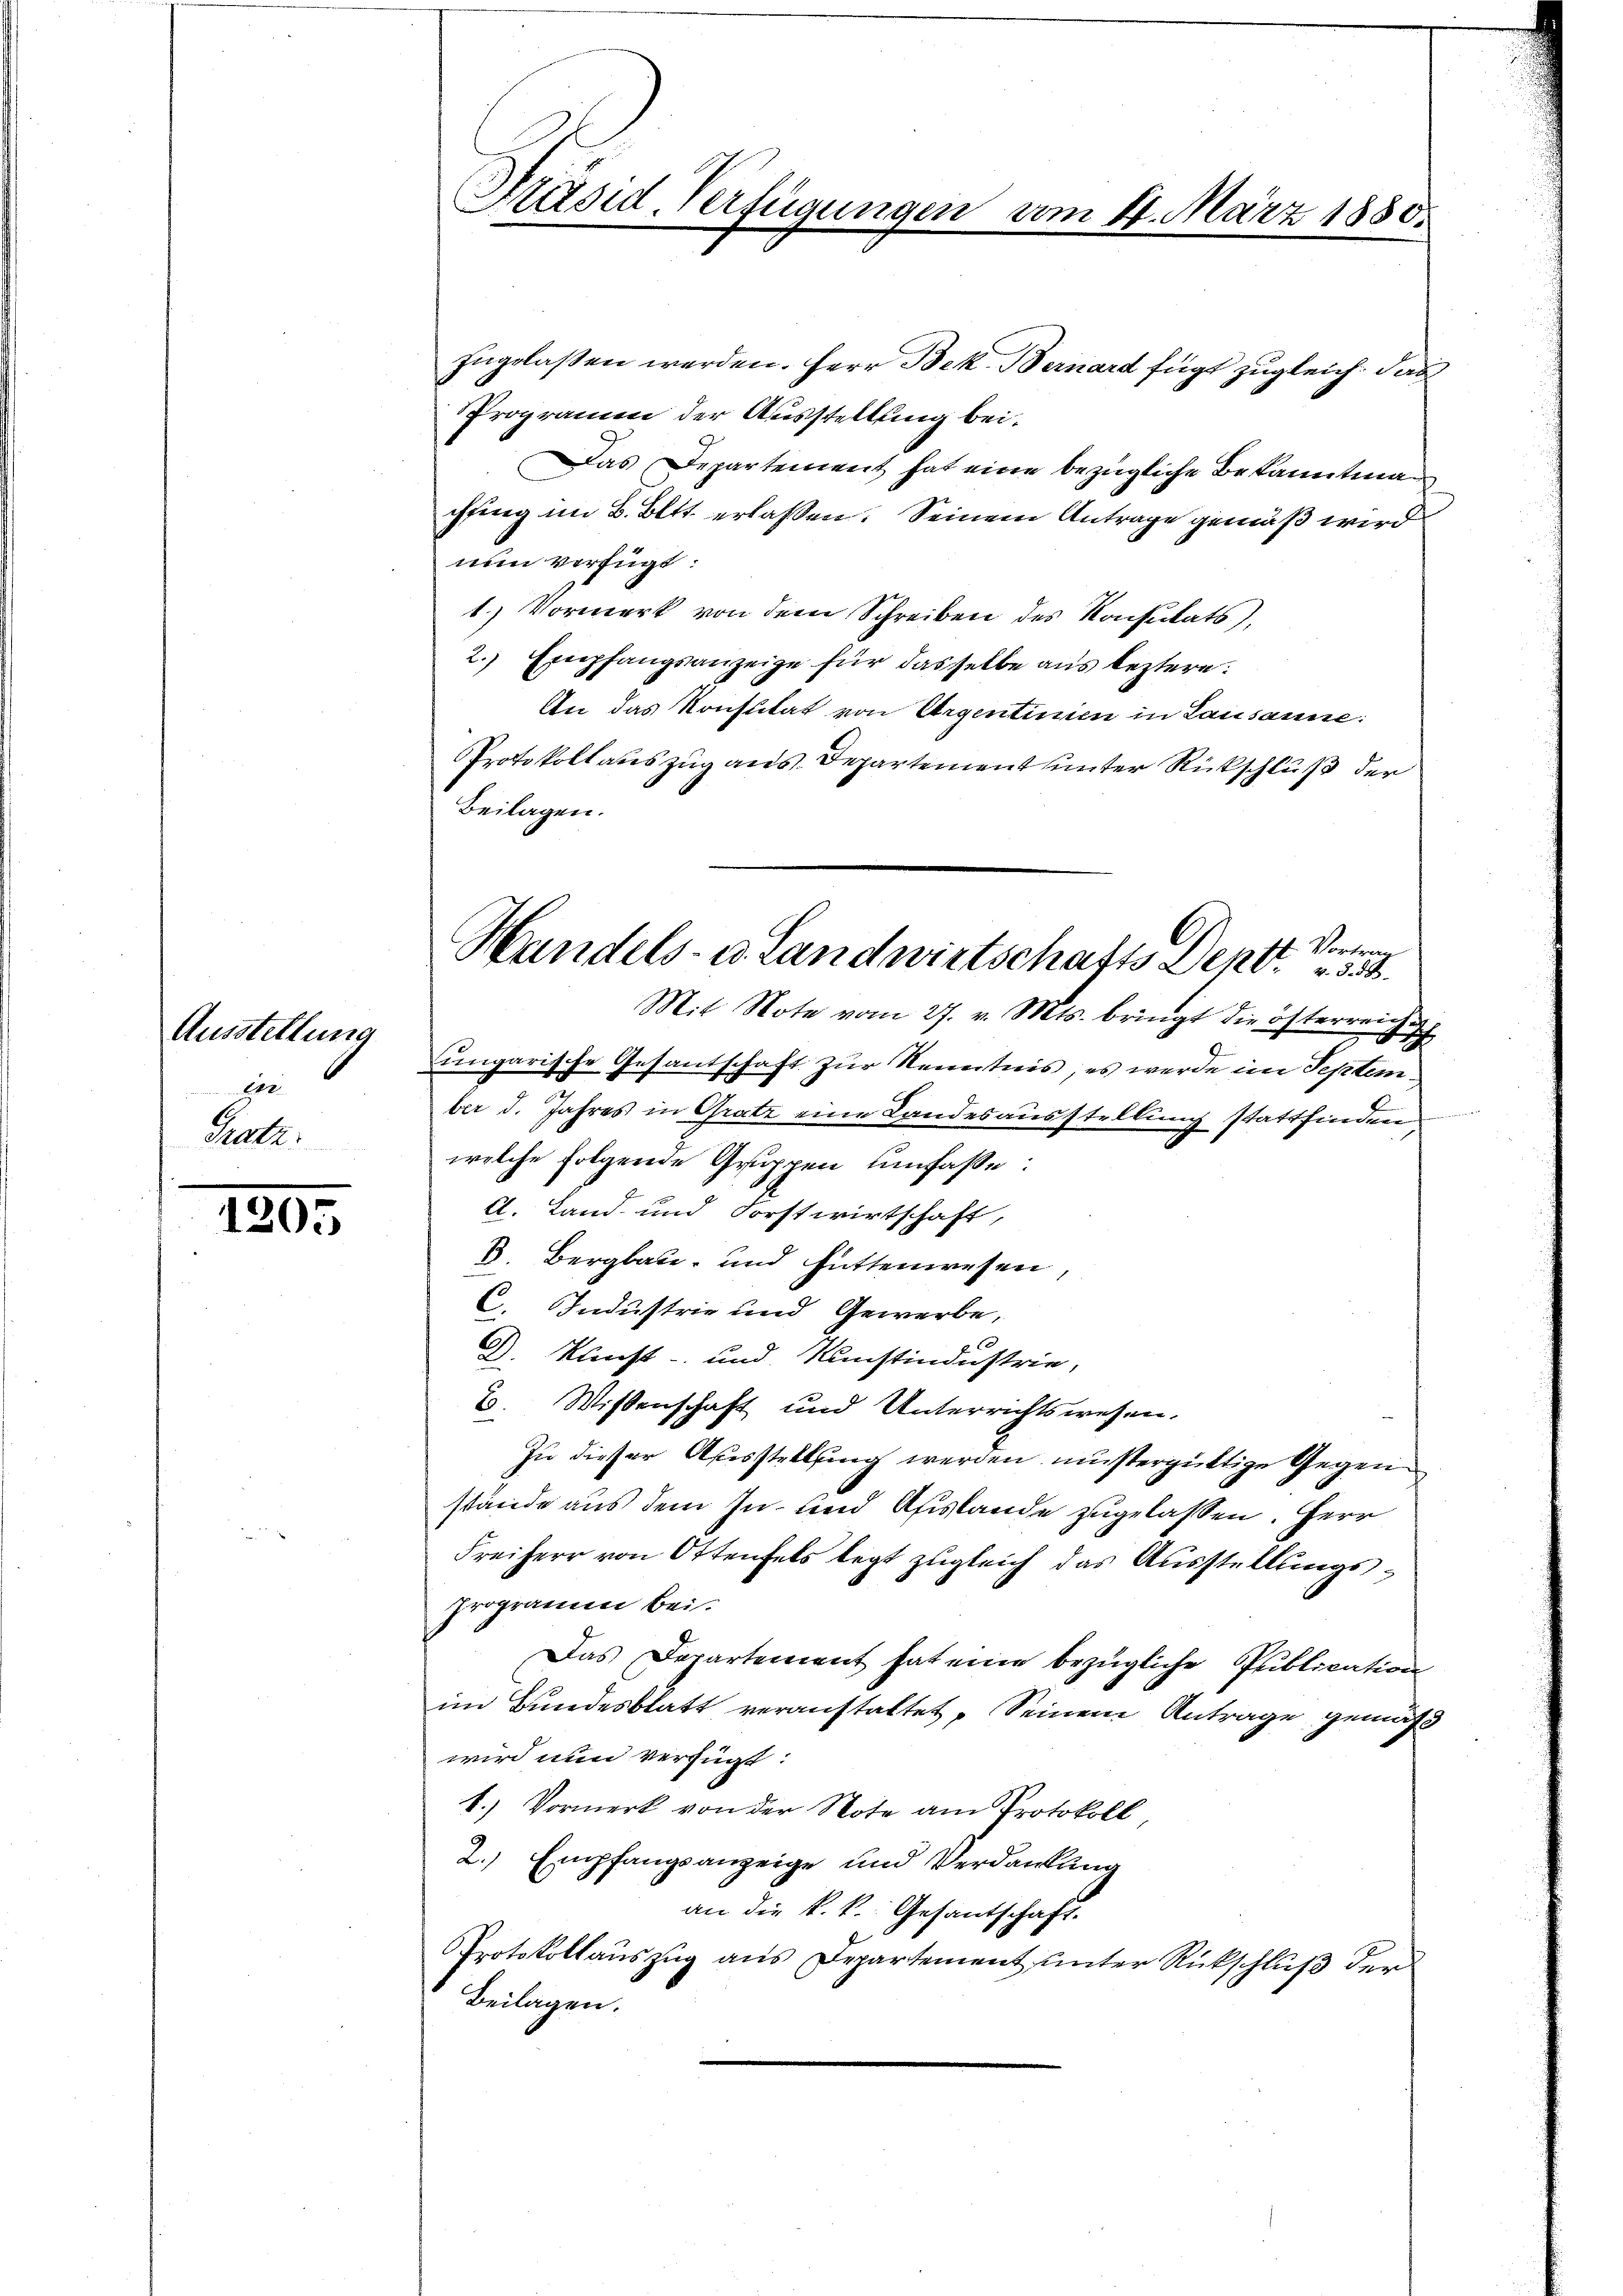
Ausstellung
gie
Gratz:

1305

Präsid-Verfügungen vom 14. März 1880.

zugelaßen werden. Herr Bek. Bernard fügt zugleich. Das
Programm der Ausstellung bei.
Das Departement hat eine bezügliche Bekanntmachfing im B. Bett. erlaßen. Seinem Antrage gemäß wird
nun verfügt:
1.) Vormerk von dem Schreiben des Konsulats),
2. Empfangsanzeige für dasselbe aus leztere.
An das Konsutat von Argentinien in Lausanne:
PProtokoll auszug aus Departement unter Rückschluß der
Beilagen.

4 Vortrag
Handels- u. Landwirtschafts Deno. 34.
Mit Note vom 27. v. Mts. bringt die österreiche

ungarische Gesantschaft zur Kenntnis, es werde im September d. Jahres in Gratz eine Landesausstellung stattfinden
welche folgende Gruppen umfasse:
A. Land und Forstwirtschaft,
B. Bergbate, und hüttenwesen,
C. Industrie und Gewerbe,
D. Kunst- und Ristindustrie,
B. Wissenschaft und Unterrichtswesen.
Zu dieser Ausstellung werden mustergüttige Gegenstände aus dem In- und Auslande zugelassen. Herr
Freiherr von Ottenfels legt zugleich das Ausstellungsprogramm bei.
Das Departement hat eine bezügliche Publication
im Bundesblatt veranstattet, Seinem Antrage gemäß
wird nun verfügt:
1.) Vormerk von der Note am Protokoll
2. Empfangsanzeige und Verdankung
an die k. k. Gesantschaft.
Protokollauszug aus Departement unter Rückschluß der
Beilagen.

grei